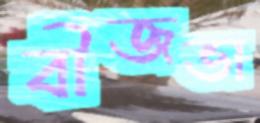
বীজভা